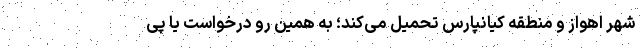
شهر اهواز و منطقه کیانپارس تحمیل می‌کند؛ به همین رو درخواست یا پی